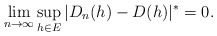
\begin{align*} \lim_{n \rightarrow \infty} \sup_{h \in E}|D_n(h)-D(h)|^{*}=0. \end{align*}